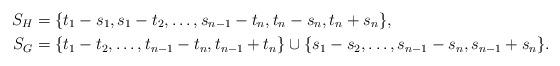
LaTeX: \begin{align*} S_H &= \{t_1-s_1,s_1-t_2,\dots,s_{n-1}-t_n,t_n-s_n,t_n+s_n\}, \\ S_G &= \{t_1-t_2,\dots,t_{n-1}-t_n,t_{n-1}+t_n\} \cup \{s_1-s_2,\dots,s_{n-1}-s_n,s_{n-1}+s_n\}. \end{align*}